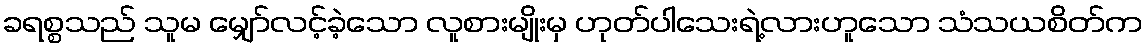
ခရစ္စသည် သူမ မျှော်လင့်ခဲ့သော လူစားမျိုးမှ ဟုတ်ပါသေးရဲ့လားဟူသော သံသယစိတ်က